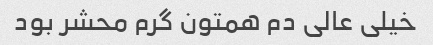
خیلی عالی دم همتون گرم محشر بود